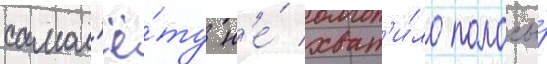
самол'ё́ту н'е́ хват'и́ло полосы́